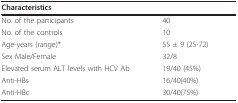
<table><thead><tr><td><b>Characteristics</b></td><td></td></tr></thead><tbody><tr><td>No. of the participants</td><td>40</td></tr><tr><td>No. of the controls</td><td>10</td></tr><tr><td>Age-years (range)*</td><td>55 ± 9 (25-72)</td></tr><tr><td>Sex Male/Female</td><td>32/8</td></tr><tr><td>Elevated serum ALT levels with HCV Ab</td><td>19/40 (45%)</td></tr><tr><td>Anti-HBs</td><td>16/40(40%)</td></tr><tr><td>Anti-HBc</td><td>30/40(75%)</td></tr></tbody></table>